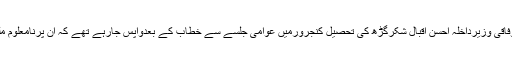
یاد رہے کہ گذشتہ روز وفاقی وزیرداخلہ احسن اقبال شکرگڑھ کی تحصیل کنجرورمیں عوامی جلسے سے خطاب کے بعدواپس جارہے تھے کہ ان پرنامعلوم ملزمان نے فائرنگ کردی۔